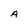
Character: A